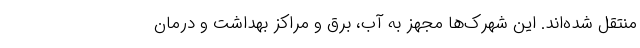
منتقل شده‌اند. این شهرک‌ها مجهز به آب، برق و مراکز بهداشت و درمان